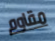
مقاوم